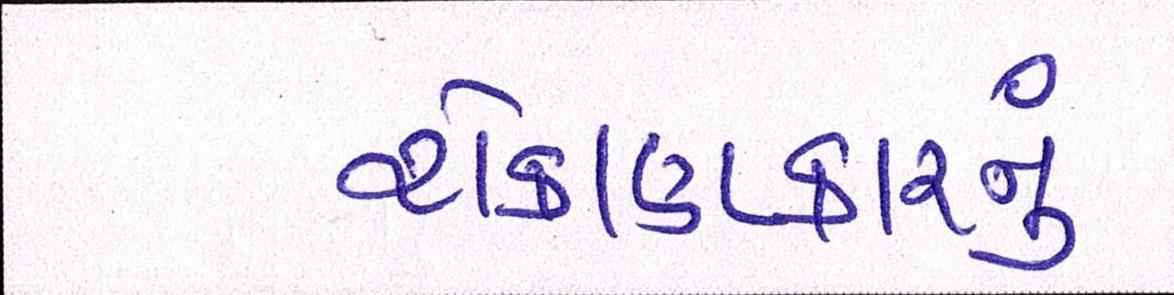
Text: રોકાણકારનું